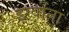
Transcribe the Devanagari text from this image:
इग्वाना